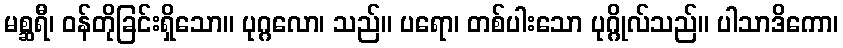
မစ္ဆရီ၊ ဝန်တိုခြင်းရှိသော။ ပုဂ္ဂလော၊ သည်။ ပရော၊ တစ်ပါးသော ပုဂ္ဂိုလ်သည်။ ပါသာဒိကော၊